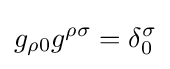
g_{\rho 0}g^{\rho \sigma }=\delta _{0}^{\sigma }